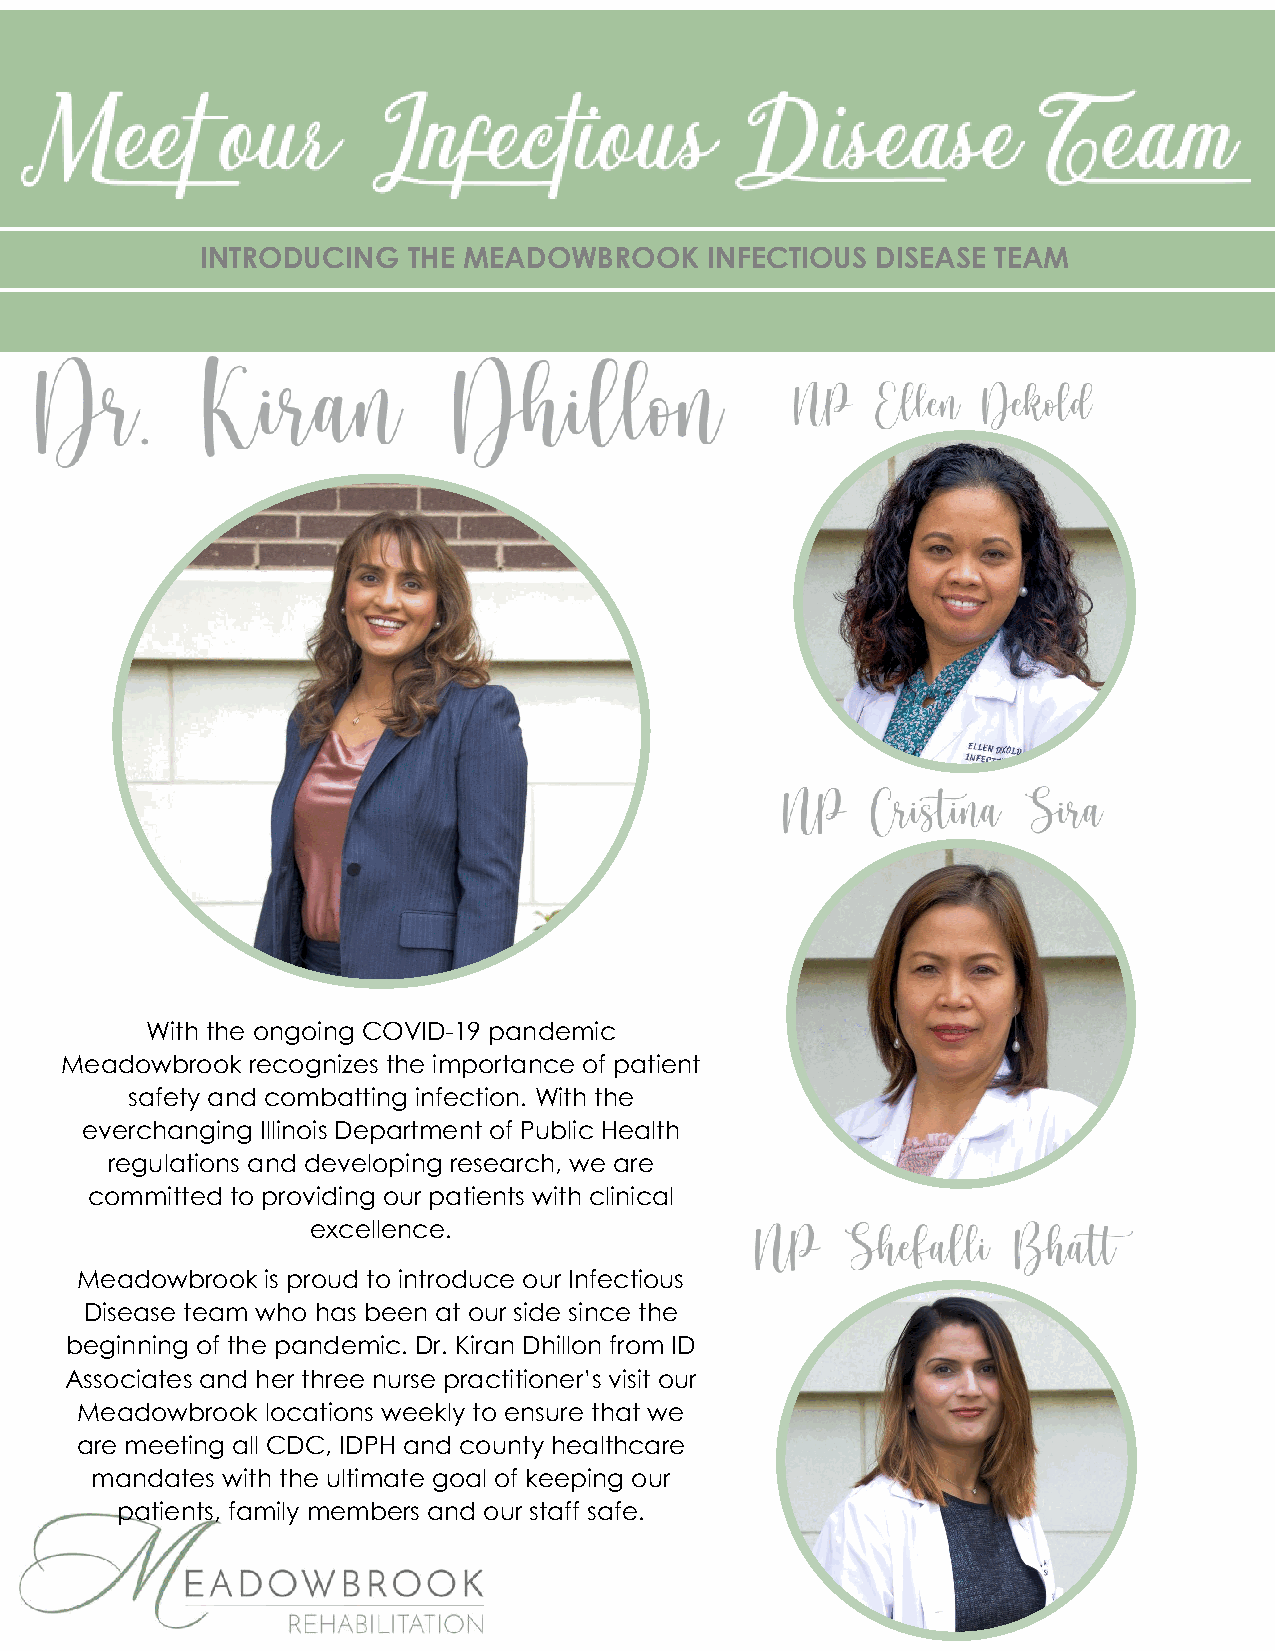
INTRODUCING   THE MEADOWBROOK     INFECTIOUS DISEASE TEAM
 With the ongoing COVID-19 pandemic
 Meadowbrook recognizes the importance of patient
 safety and combatting infection. With the
 everchanging Illinois Department of Public Health
 regulations and developing research, we are
 committed to providing our patients with clinical
 excellence.
 Meadowbrook  is proud to introduce our Infectious
 Disease team who has been at our side since the
 beginning of the pandemic. Dr. Kiran Dhillon from ID
 Associates and her three nurse practitioner’s visit our
 Meadowbrook  locations weekly to ensure that we
 are meeting all CDC, IDPH and county healthcare
 mandates with the ultimate goal of keeping our
 patients, family members and our staff safe.